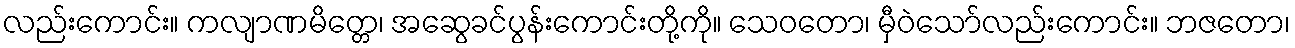
လည်းကောင်း။ ကလျာဏမိတ္တေ၊ အဆွေခင်ပွန်းကောင်းတို့ကို။ သေဝတော၊ မှီဝဲသော်လည်းကောင်း။ ဘဇတော၊